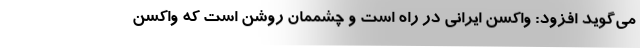
می‌گوید افزود: واکسن ایرانی در راه است و چشممان روشن است که واکسن